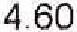
4.60